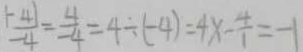
\frac { \vert - 4 \vert } { - 4 } = \frac { 4 } { - 4 } = 4 \div ( - 4 ) = 4 x - \frac { 4 } { 1 } = - 1